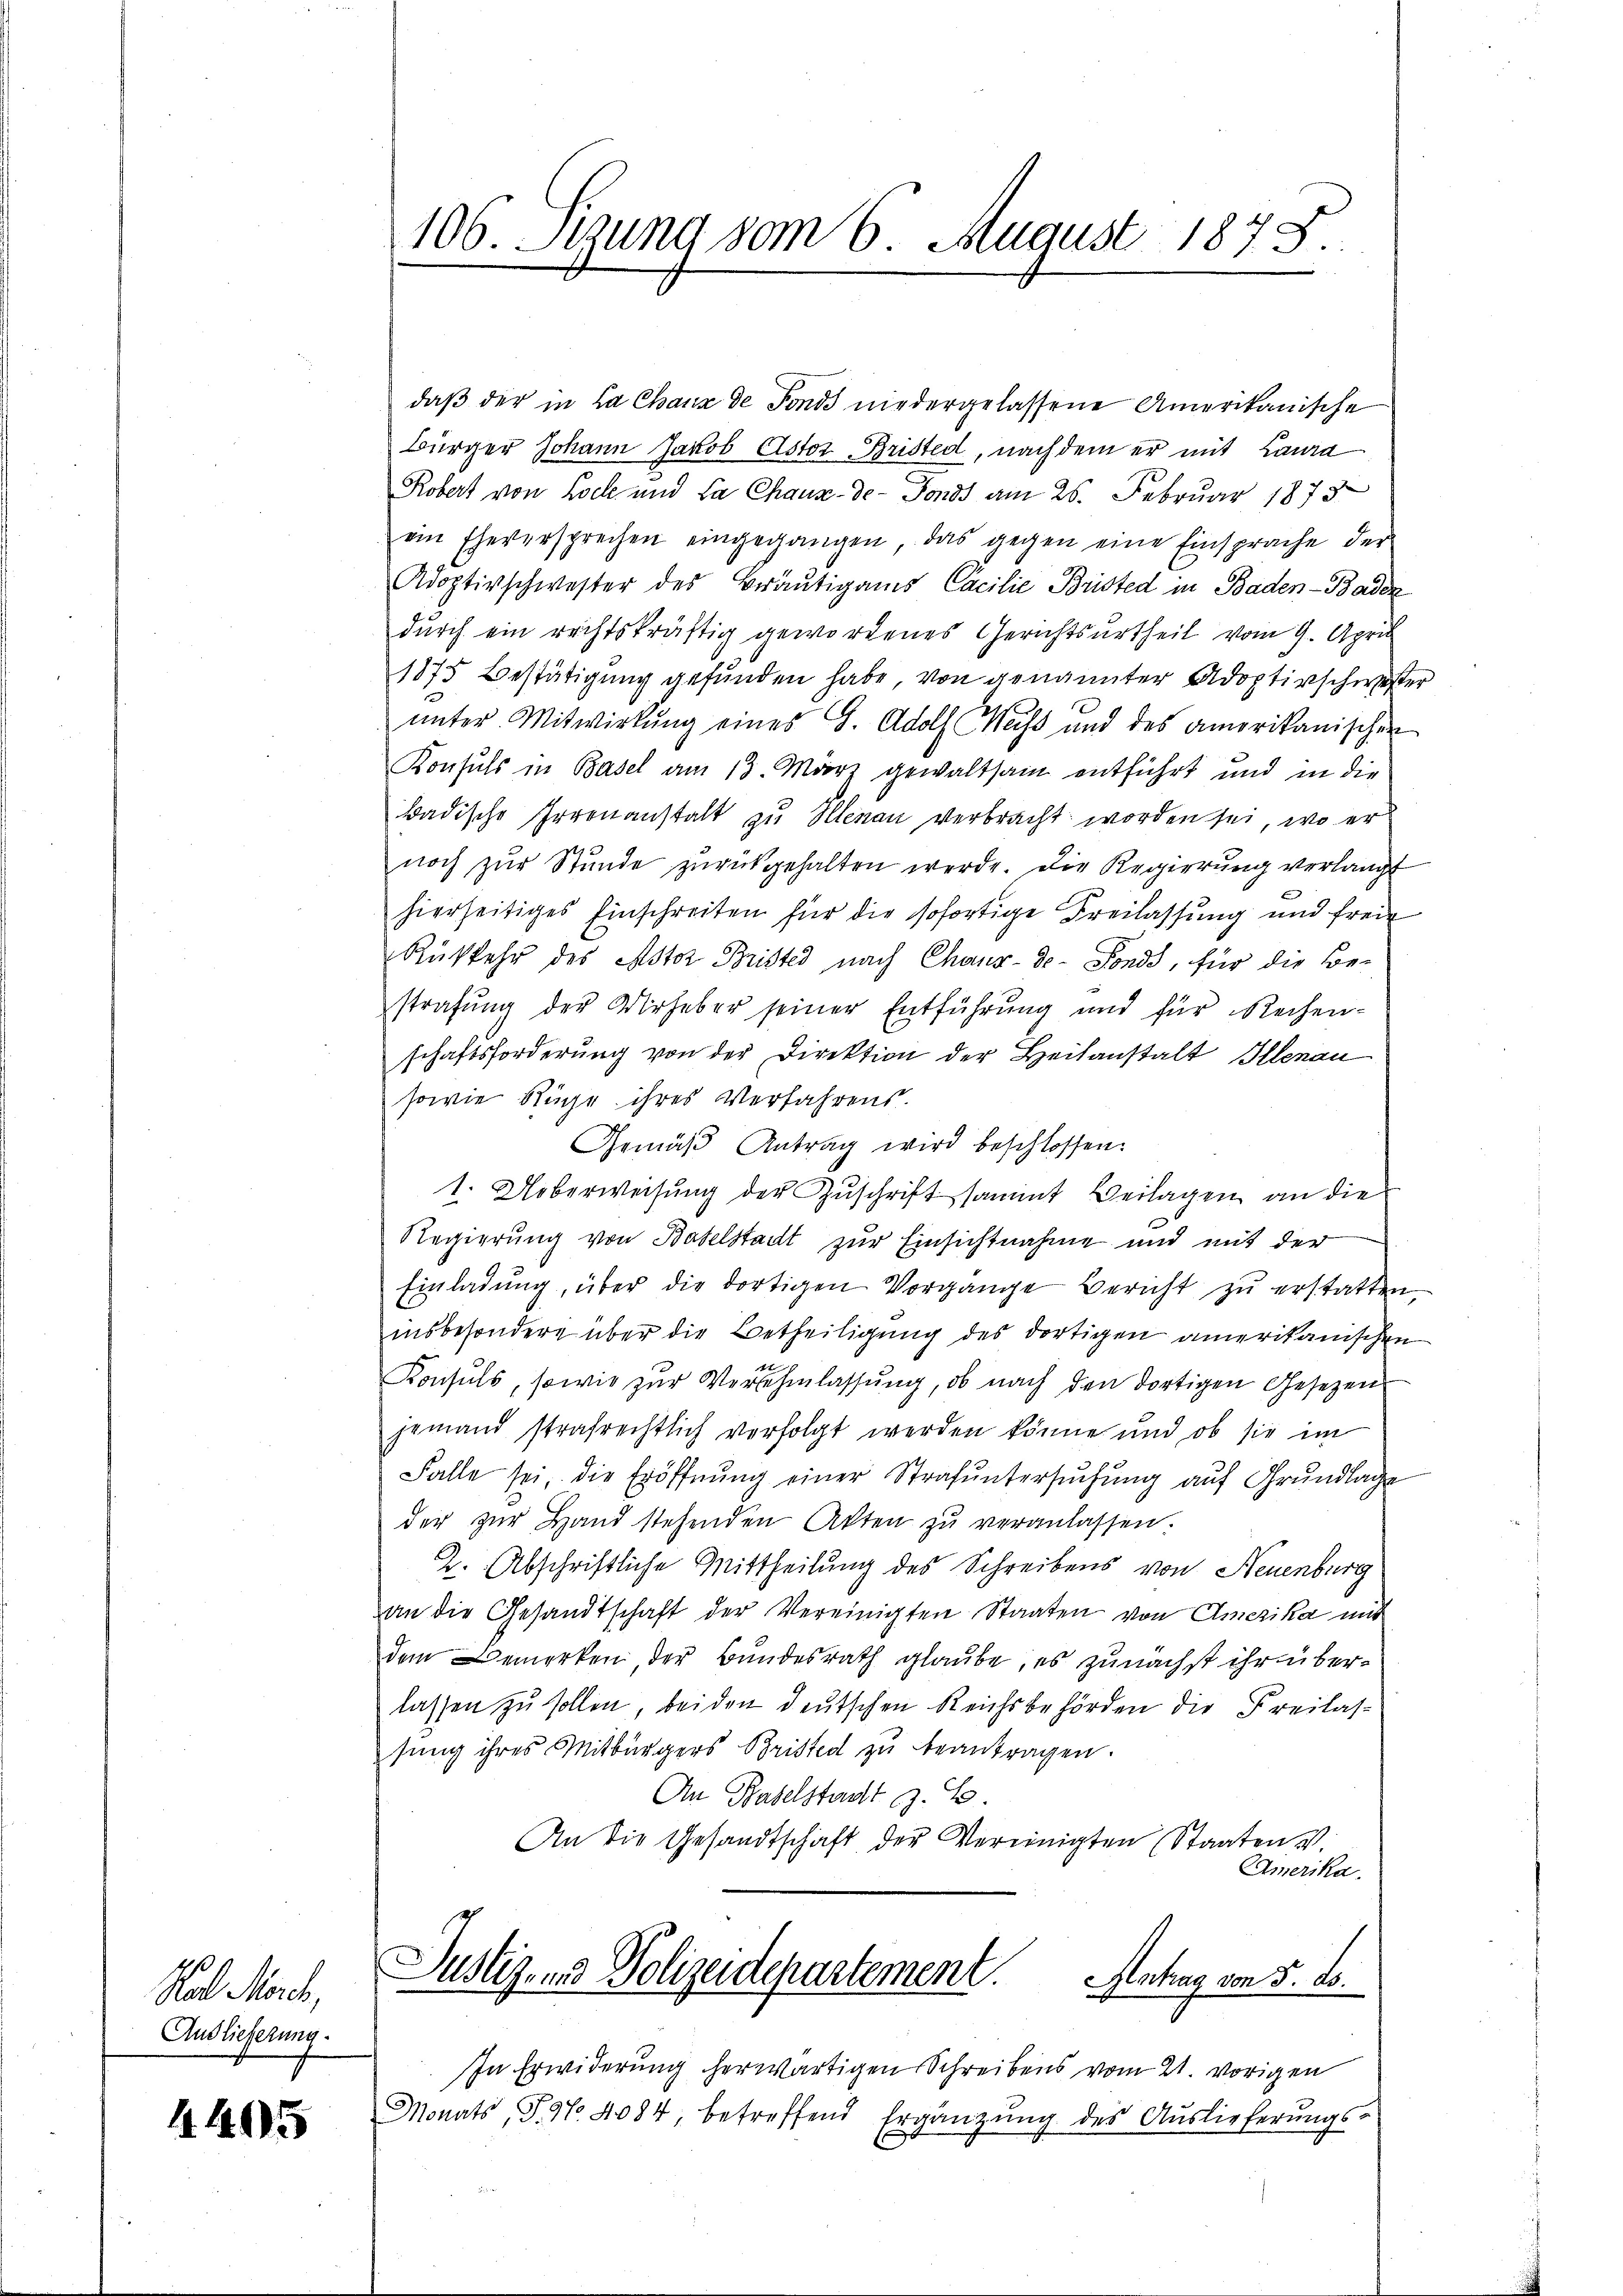
Rat March,
Auslieferung.

4495

106. Stund vom 6. August 1878.

daß der in La Chaux de Fonds niedergelassene Amerikanische
Bürger Johann Jakob Astor Bristed, nach dem er mit Laura
Robert von Bock und da Chaux-de-Fonds am 26. Februar 1873
ein Eheversprechen eingegangen, das gegen eine Einsprache der
Adoptirschwester des Bräutigams Cacilie Bristed in Baden-Badez
durch ein rechtskräftig gewordenes Gerichtsurtheil vom 9. April
1875 Bestätigung gefunden habe, von genannter Adoptirschweste
ŭnter Mitwirkung eines G. Adolf Weiss und des amerikanischer
Konsuls in Basel am 13. März gewaltsam entführt und in die
badische Irrenanstalt zu Helenau verbracht worden sei, wo er
noch zur Stunde zurückgehalten werde. Die Regierung verlangt
hierseitiges Einschreiten für die sofortige Freilassung und freie
Rükkehr des Astor Bristes nach Chaux-de-Fonds, für die Be-
strafung der Urheber seiner Entführung und für Rechen-
schaftsforderung von der Direktion der Heilanstalt Illenau
sowie Ruche ihres Verfahrens.
Gemäß Antrag wird beschlossen:
1. Ueberweisung der Zuschrift sammt Beilagen an die
Regierung von Baselstadt zur Einsichtnahme und mit der
Einladŭng, über die dortigen Vorgange Bericht zu erstatten.
insbesondere über die Betheiligung des dortigen amerikanischen
Konsuls, sowie zŭr Versehmlassung, ob nach den dortigen Gesezen
jemand strafrechtlich verfolgt werden könne und ob sie im
Falle sei, die Eröffnŭng einer Strafŭntersŭchŭng aŭf Grŭndlage
der zŭr Hand stehenden Akten zŭ veranlassen.
2. Abschriftliche Mittheilung des Schreibens von Neuenburg
an die Gesandtschaft der Vereinigten Staaten von Amerika mit
dem Bemerken, der Bundesrath glaube, es zunächst ihr überlassen zu sollen, beiden deutschen Reichsbehörden die Freilassung ihres Mitbürgers Bristen zu beantragen.
An Baselstadt z. B.
An die Gesandtschaft der Vereinigten Staaten v.
Amerika.
Justigenes Polizeidepartement. Antrag von 5. ds.
In Erwiderung herwärtigen Schreibens vom 21. vorigen
Monats, S. 97. 4084, betreffend Ergänzŭng des Aŭslieferŭngs-